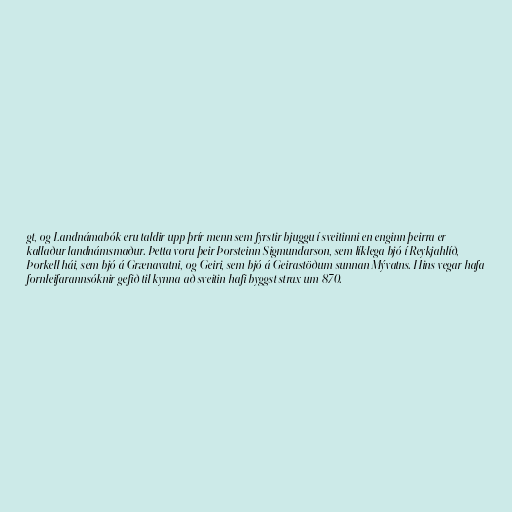
gt, og Landnámabók eru taldir upp þrír menn sem fyrstir bjuggu í sveitinni en enginn þeirra er
kallaður landnámsmaður. Þetta voru þeir Þorsteinn Sigmundarson, sem líklega bjó í Reykjahlíð,
Þorkell hái, sem bjó á Grænavatni, og Geiri, sem bjó á Geirastöðum sunnan Mývatns. Hins vegar hafa
fornleifarannsóknir gefið til kynna að sveitin hafi byggst strax um 870.